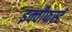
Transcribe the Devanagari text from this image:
इक्वीफर्स्ट